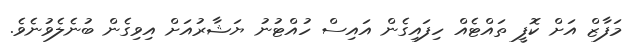
މަފާޒް އަށް ކޮފީ ތައްޓެއް ހިފައިގެން އައިސް ހުއްޓުނު ޔަޝާރުއަށް އިވިގެން ބުނެލެވުނެވެ.